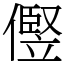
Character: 㒘